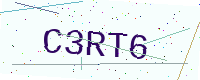
Text: C3RT6